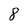
Character: 8